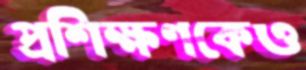
প্রশিক্ষণকেও